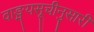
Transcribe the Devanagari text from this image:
वाङ्मयसूचीनुसारी